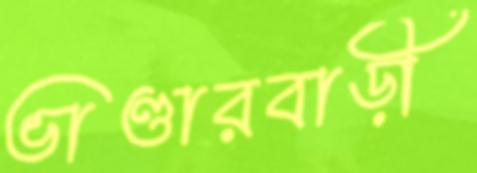
ভাণ্ডারবাড়ী